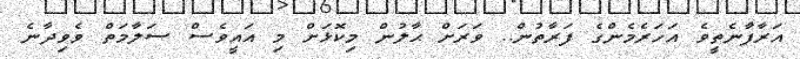
އަރާފާނެތީވެ އަހަރެމެންގެ ފަރާތުން.. ވަރަށް ޙާލުން މިކޮޅަށް މި އައީވެސް ސަލާމަތް ވެވިދާނެ